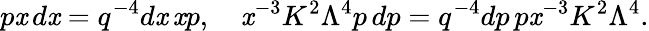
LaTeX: p\mathit{x}\, d\mathit{x}=q^{-4}d\mathit{x}\, \mathit{x}p,\ \ \ \ \mathit{x}^{-3}K^{2}\Lambda^{4}p\, dp=q^{-4}dp\, p\mathit{x}^{-3}K^{2}\Lambda^{4}.